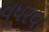
વધરવા